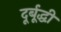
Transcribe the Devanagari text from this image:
दूर्बूद्धी